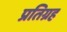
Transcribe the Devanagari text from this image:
प्रतिग्रह